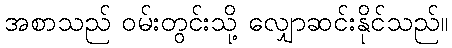
အစာသည် ဝမ်းတွင်းသို့ လျှောဆင်းနိုင်သည်။